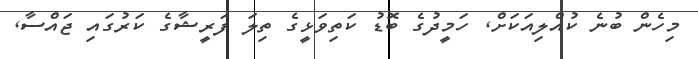
މިހެން ބުނެ ކުއްލިއަކަށް